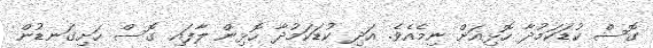
ގޮސް ކުޑަކަމުދާ ހޮޅިއަށް ނިމެއެވެ. އަދި ކުޑަކަމުދާ ހޮޅިން ލާފައި ގޮސް ހަށިގަނޑުން